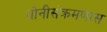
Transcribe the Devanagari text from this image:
योनीसंक्रमणास